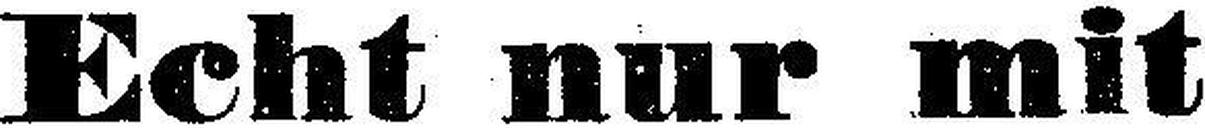
Echt nur mit